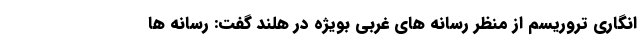
انگاری تروریسم از منظر رسانه های غربی بویژه در هلند گفت: رسانه ها